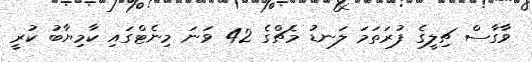
ވާގާސް ޗިލީގެ ފުރަތަމަ ލަނޑު މެޗްގެ 42 ވަނަ މިނެޓްގައި ކާމިޔާބު ކުރީ